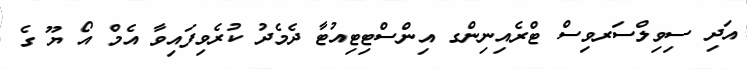
އަދި ސިވިލްސަރވިސް ޓްރެއިނިންގ އިންސްޓިޓިއުޓާ ދެމެދު ކުރެވިފައިވާ އެމް އޯ ޔޫ ގެ